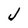
Character: J